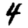
Digit: 4